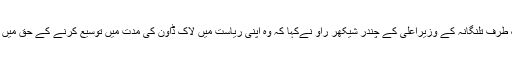
ایک طرف تلنگانہ کے وزیراعلیٰ کے چندر شیکھر راو نےکہا کہ وہ اپنی ریاست میں لاک ڈاون کی مدت میں توسیع کرنے کے حق میں ہیں۔